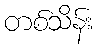
တစ်သိန်း